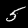
Label: 5